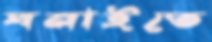
ঘনাইতে